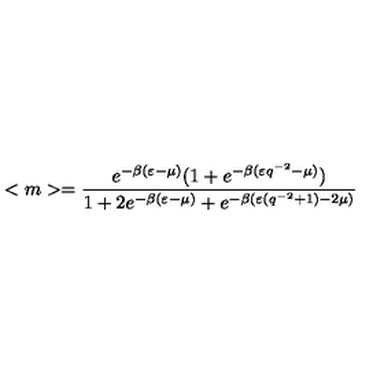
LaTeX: < m > = \frac { e ^ { - \beta ( \varepsilon - \mu ) } ( 1 + e ^ { - \beta ( \varepsilon q ^ { - 2 } - \mu ) } ) } { 1 + 2 e ^ { - \beta ( \varepsilon - \mu ) } + e ^ { - \beta ( \varepsilon ( q ^ { - 2 } + 1 ) - 2 \mu ) } }